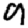
Digit: 9